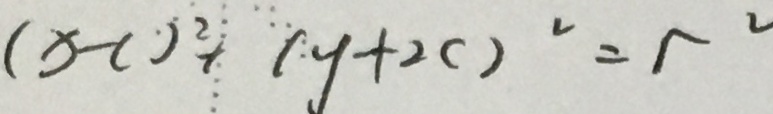
( x - c ) ^ { 2 } + ( y + 2 c ) ^ { 2 } = r ^ { 2 }